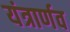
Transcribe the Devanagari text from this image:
यंत्रार्णव